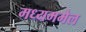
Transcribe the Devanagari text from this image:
मध्यममेल